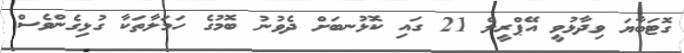
ގޮޓަބާޔަ ވިދާޅުވީ އޭޕްރީލް 21 ގައި ކޮޅުނބަށް ދެވުނު ބޮމުގެ ހަމަލާތަކާ ގުޅިގެންވެސް